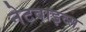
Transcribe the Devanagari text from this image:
नेटवाइव्स